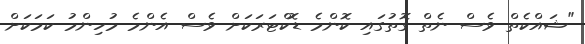
"ޝައްކެތް ވެސް ނެތް ގޮތުގައި ކޮންމެ ޑޮކްޓަރަކަށް ވެސް އެންމެ މުހިންމު ކަމަކަށް